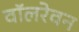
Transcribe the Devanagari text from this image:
वॉलरेवन